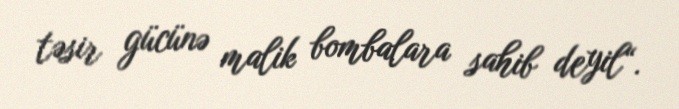
təsir gücünə malik bombalara sahib deyil“.